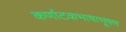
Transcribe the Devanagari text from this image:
कर्णाटकभाषाभूषण